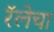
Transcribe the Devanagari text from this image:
रॅलेचा